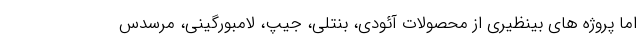
اما پروژه های بینظیری از محصولات آئودی، بنتلی، جیپ، لامبورگینی، مرسدس